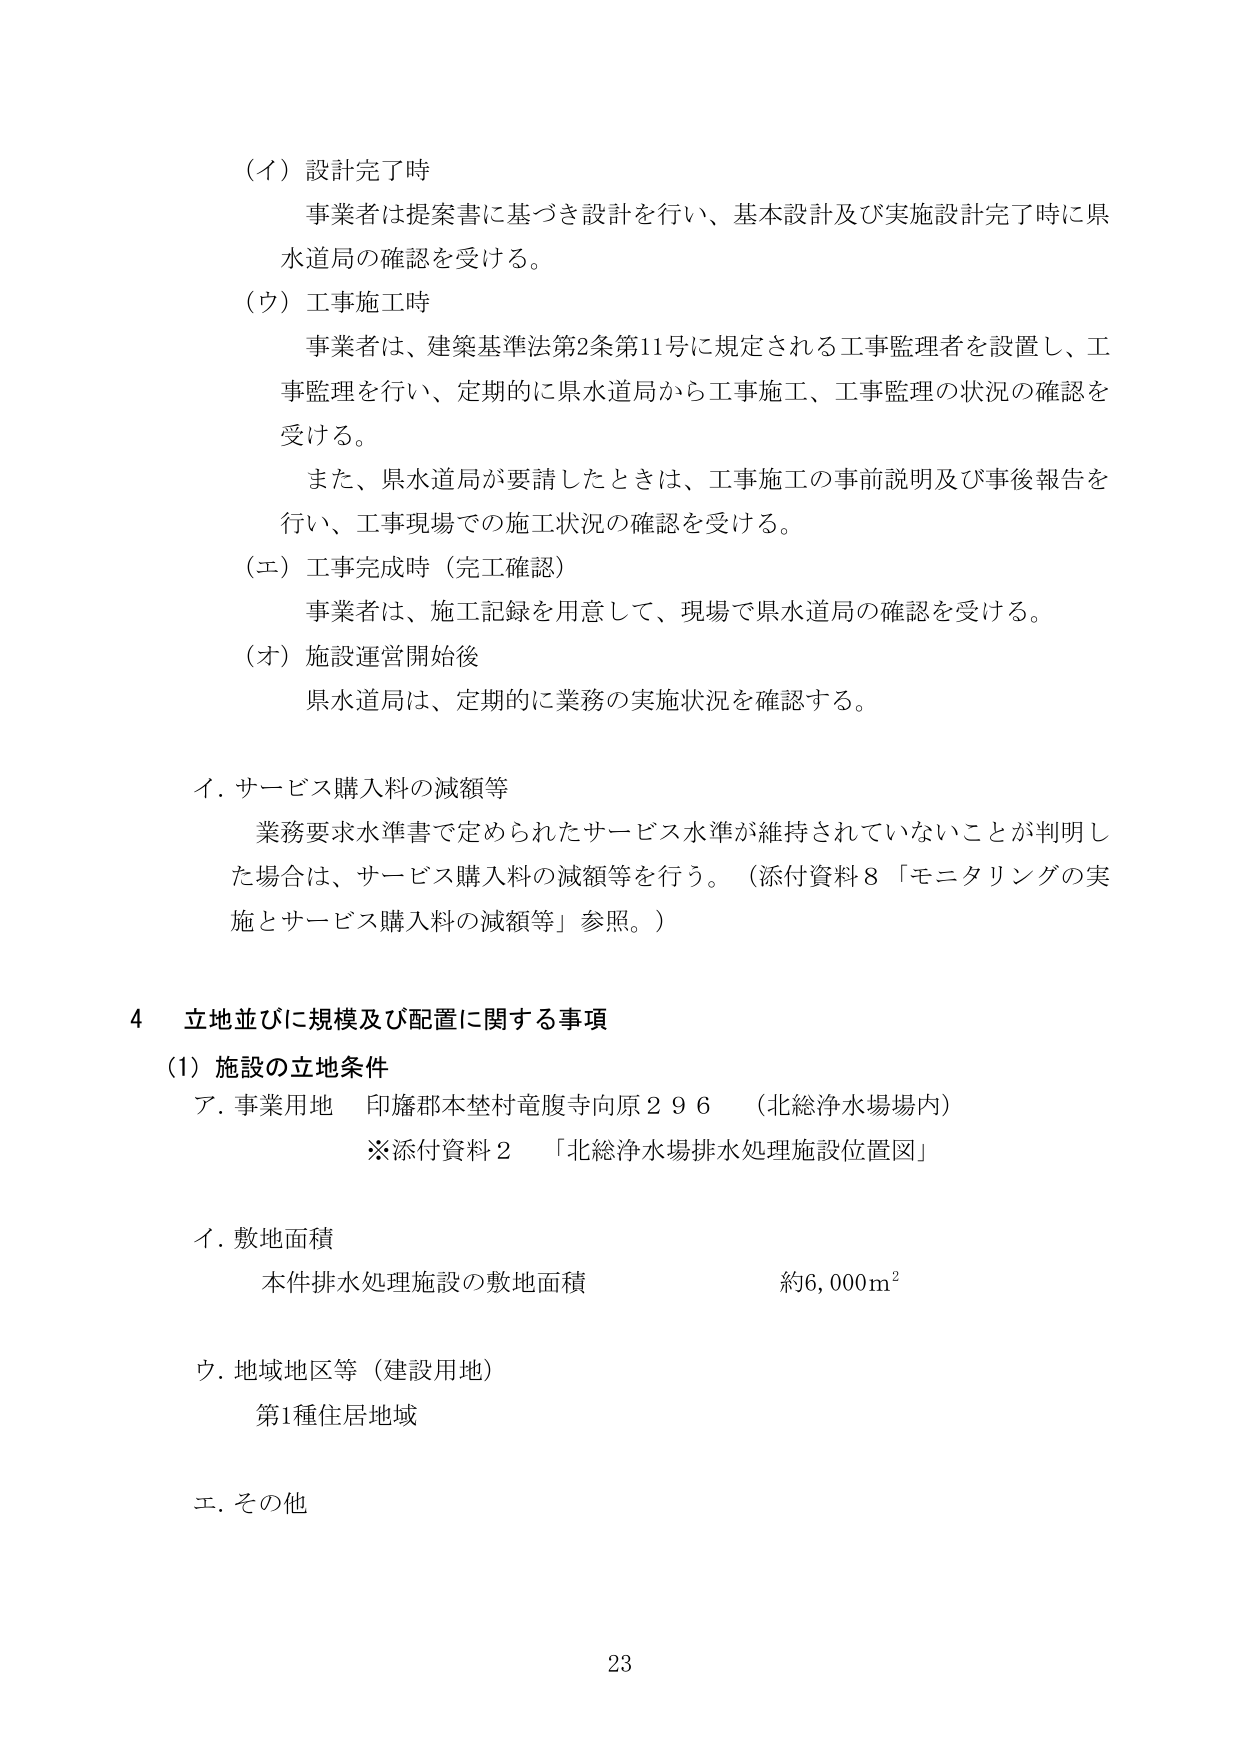
（イ）設計完了時
事業者は提案書に基づき設計を行い、基本設計及び実施設計完了時に県水道局の確認を受ける。

（ウ）工事施工時
事業者は、建築基準法第2条第11号に規定される工事監理者を設置し、工事監理を行い、定期的に県水道局から工事施工、工事監理の状況の確認を受ける。
また、県水道局が要請したときは、工事施工の事前説明及び事後報告を行い、工事現場での施工状況の確認を受ける。

（エ）工事完成時（完工確認）
事業者は、施工記録を用意して、現場で県水道局の確認を受ける。

（オ）施設運営開始後
県水道局は、定期的に業務の実施状況を確認する。

イ．サービス購入料の減額等
業務要求水準書で定められたサービス水準が維持されていないことが判明した場合は、サービス購入料の減額等を行う。（添付資料8「モニタリングの実施とサービス購入料の減額等」参照。）

4 立地並びに規模及び配置に関する事項
（1）施設の立地条件
ア．事業用地 印旛郡本埜村竜腹寺向原296 （北総浄水場場内）
※添付資料2 「北総浄水場排水処理施設位置図」

イ．敷地面積
本件排水処理施設の敷地面積 約6,000m²

ウ．地域地区等（建設用地）
第1種住居地域

エ．その他

23